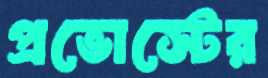
প্রভোস্টের